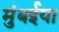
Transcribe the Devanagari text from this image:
मुंबईया